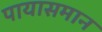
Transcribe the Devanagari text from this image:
पायासमान